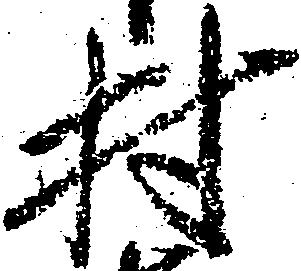
村